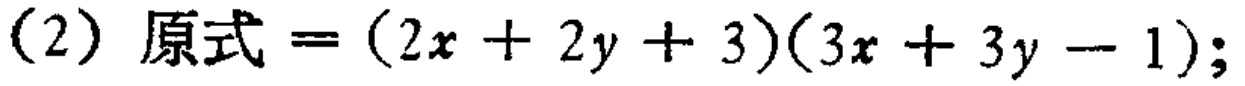
(2) 原式$=(2x + 2y + 3)(3x + 3y - 1);$